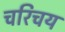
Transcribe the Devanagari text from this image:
चरिचय